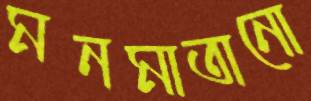
মনমাতানো